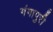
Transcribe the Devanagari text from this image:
गंगापुरी